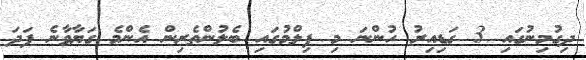
ދިގުމިނުގައި 3 ގަޑިއިރު ހުންނަ މި ފިލްމުގައި ބެލުންތެރިން އެންމެ ގަޔާވާނެ ފަދަ